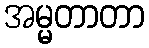
အမ္မတာတာ